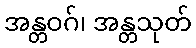
အန္တဝဂ်၊ အန္တသုတ်